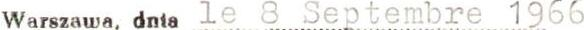
Warszawa dnia le 8  Septembre  1966